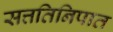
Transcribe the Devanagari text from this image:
सत्ततिनिपात